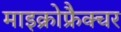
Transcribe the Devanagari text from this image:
माइक्रोफ्रैक्चर